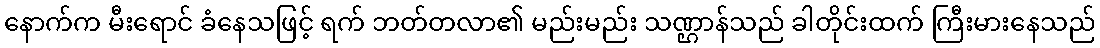
နောက်က မီးရောင် ခံနေသဖြင့် ရက် ဘတ်တလာ၏ မည်းမည်း သဏ္ဌာန်သည် ခါတိုင်းထက် ကြီးမားနေသည်